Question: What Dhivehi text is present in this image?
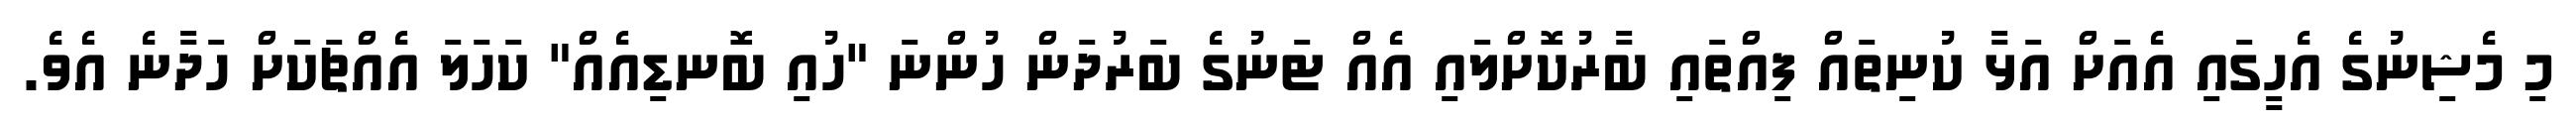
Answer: މި މެޝިނުގެ އެހީގައި އެއަށް އަޅާ ކުނިތައް ފިއްތައި ބާރުކޮށްލައި އެއް ޓަނުގެ ބަރުދަން ހުންނަ "ހުއި ބޮނޑިއެއް" ކަހަލަ އެއްޗަކަށް ހަދާނެ އެވެ.